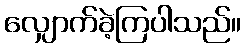
လျှောက်ခဲ့ကြပါသည်။